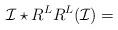
LaTeX: \begin{align*}\mathcal{I}\star R^LR^L(\mathcal{I})=\end{align*}